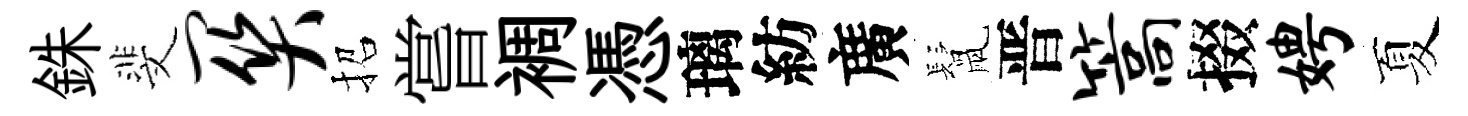
銖斐关招嘗裯憑璃紡廣鬛晋篙掇娉夏